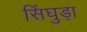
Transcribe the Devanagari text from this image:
सिंघुड़ा